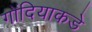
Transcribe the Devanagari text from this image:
गोंदियाकडे